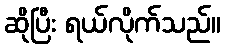
ဆိုပြီး ရယ်လိုက်သည်။